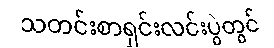
သတင်းစာရှင်းလင်းပွဲတွင်